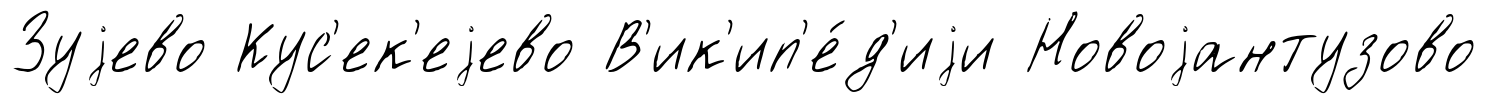
Зуjево Кус'ек'еjево В'ик'ип'е́д'иjи Новоjантузово